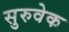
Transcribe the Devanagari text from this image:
सुरुवेक